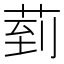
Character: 菿